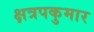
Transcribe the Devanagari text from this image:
क्षत्रपकुमार